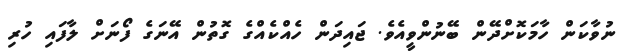
ނުވާކަން ހާމަކޮށްދޭން ބޭނުންވީއެވެ. ޖައިދަން ހެއްކެއްގެ ގޮތުން އޭނަގެ ފޯނަށް ލާފައި ހުރި